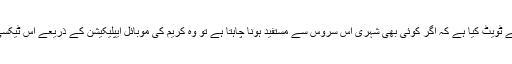
دبئی ٹیکسی سروس نے رواں ہفتے ٹویٹ کیا ہے کہ اگر کوئی بھی شہری اس سروس سے مستفید ہونا چاہتا ہے تو وہ کریم کی موبائل ایپلیکیشن کے ذریعے اس ٹیکسی بائیک کی بکنگ کرا سکتا ہے ۔